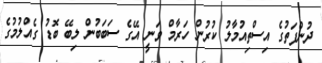
ދުންފަތުގެ އިސްތިއުމާލު ކުރުން ހަރާމް ވަނީ އޭގެ ސަބަބުން ލިބޭ ބޮޑު ގެއްލުމުގެ